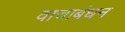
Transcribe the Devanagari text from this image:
वाचाबंधन